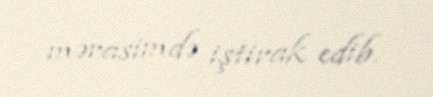
mərasimdə iştirak edib.